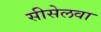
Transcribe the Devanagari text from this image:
सीसेलवा